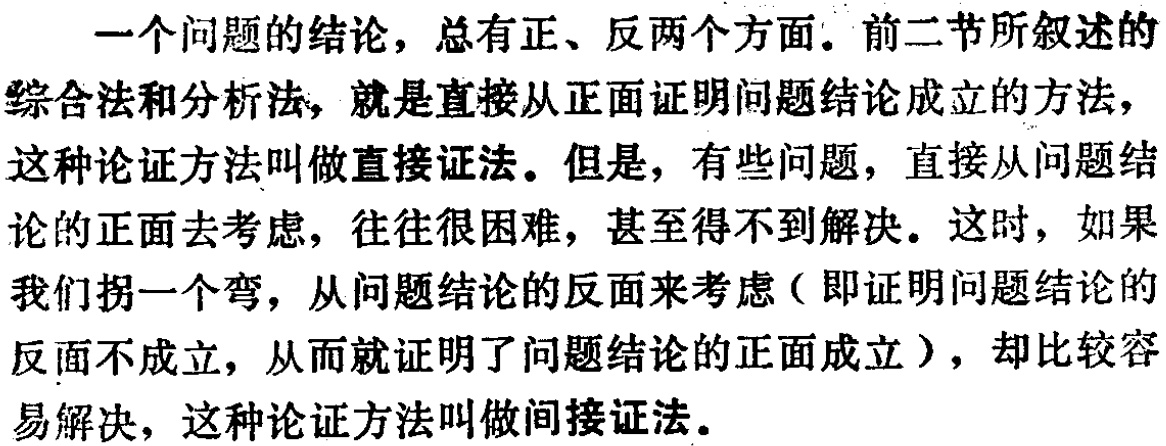
一个问题的结论，总有正、反两个方面。前二节所叙述的

综合法和分析法，就是直接从正面证明问题结论成立的方法，

这种论证方法叫做直接证法。但是，有些问题，直接从问题结

论的正面去考虑，往往很困难，甚至得不到解决。这时，如果

我们拐一个弯，从问题结论的反面来考虑（即证明问题结论的

反面不成立，从而就证明了问题结论的正面成立），却比较容

易解决，这种论证方法叫做间接证法。